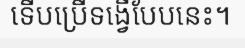
ទើបប្រើទង្វើបែបនេះ។